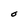
Character: O